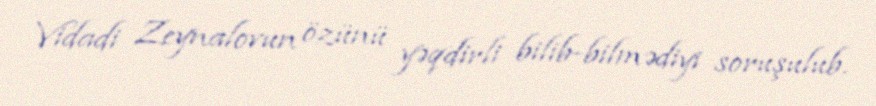
Vidadi Zeynalovun özünü yəqdirli bilib-bilmədiyi soruşulub.